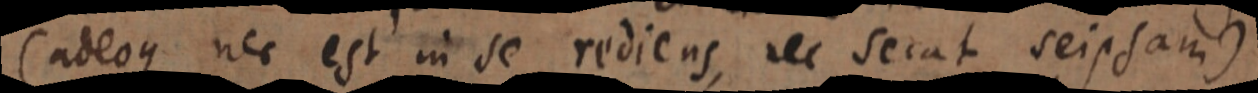
(adeoque nec est in se rediens, nec secat seipsam)